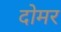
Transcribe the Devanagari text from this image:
दोमर